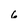
Character: 6